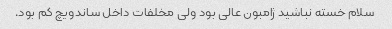
سلام خسته نباشید ژامبون عالی بود ولی مخلفات داخل ساندویچ کم بود.